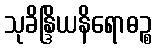
သုခိန္ဒြိယနိရောဓဉ္စ